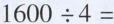
$$1 6 0 0 \div 4 =$$